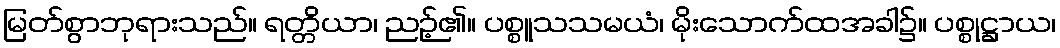
မြတ်စွာဘုရားသည်။ ရတ္တိယာ၊ ညဉ့်၏။ ပစ္စူသသမယံ၊ မိုးသောက်ထအခါ၌။ ပစ္စုဋ္ဌာယ၊